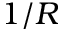
1 / R